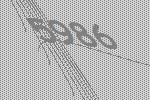
5986